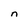
Character: n